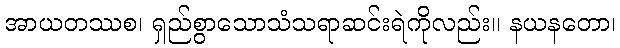
အာယတဿစ၊ ရှည်စွာသောသံသရာဆင်းရဲကိုလည်း။ နယနတော၊